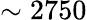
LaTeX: \sim 2750